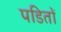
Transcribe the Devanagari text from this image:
पडितों